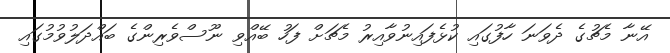
އޭނާ މެޗުގެ ދެވަނަ ހާފުގައި ކުޅެފައިނުވާއިރު މެޗަށް ފަހު ބޭއްވި ނޫސްވެރިންގެ ބައްދަލުވުމުގައި